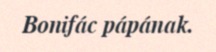
Bonifác pápának.